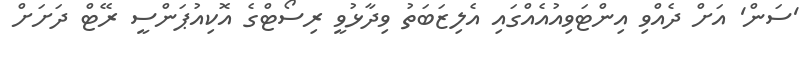
'ސަން' އަށް ދެއްވި އިންޓަވިއުއެއްގައި އެލިޒަބަތު ވިދާޅުވީ ރިސޯޓްގެ އޮކިއުޕަންސީ ރޭޓް ދަށަށް